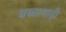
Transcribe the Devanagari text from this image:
बच्चागाड़ी